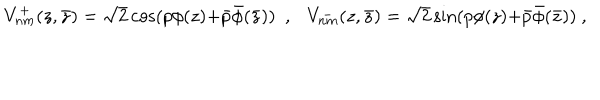
V _ { n m } ^ { + } ( z , \bar { z } ) = \sqrt { 2 } \cos ( p \phi ( z ) { + } \bar { p } \bar { \phi } ( \bar { z } ) ) ~ ~ , V _ { n m } ^ { - } ( z , \bar { z } ) = \sqrt { 2 } \sin ( p \phi ( z ) { + } \bar { p } \bar { \phi } ( \bar { z } ) ) ~ , ~ ~ ~